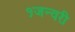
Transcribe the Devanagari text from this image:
१जन्वरी